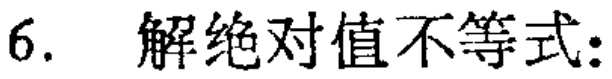
6. 解绝对值不等式: